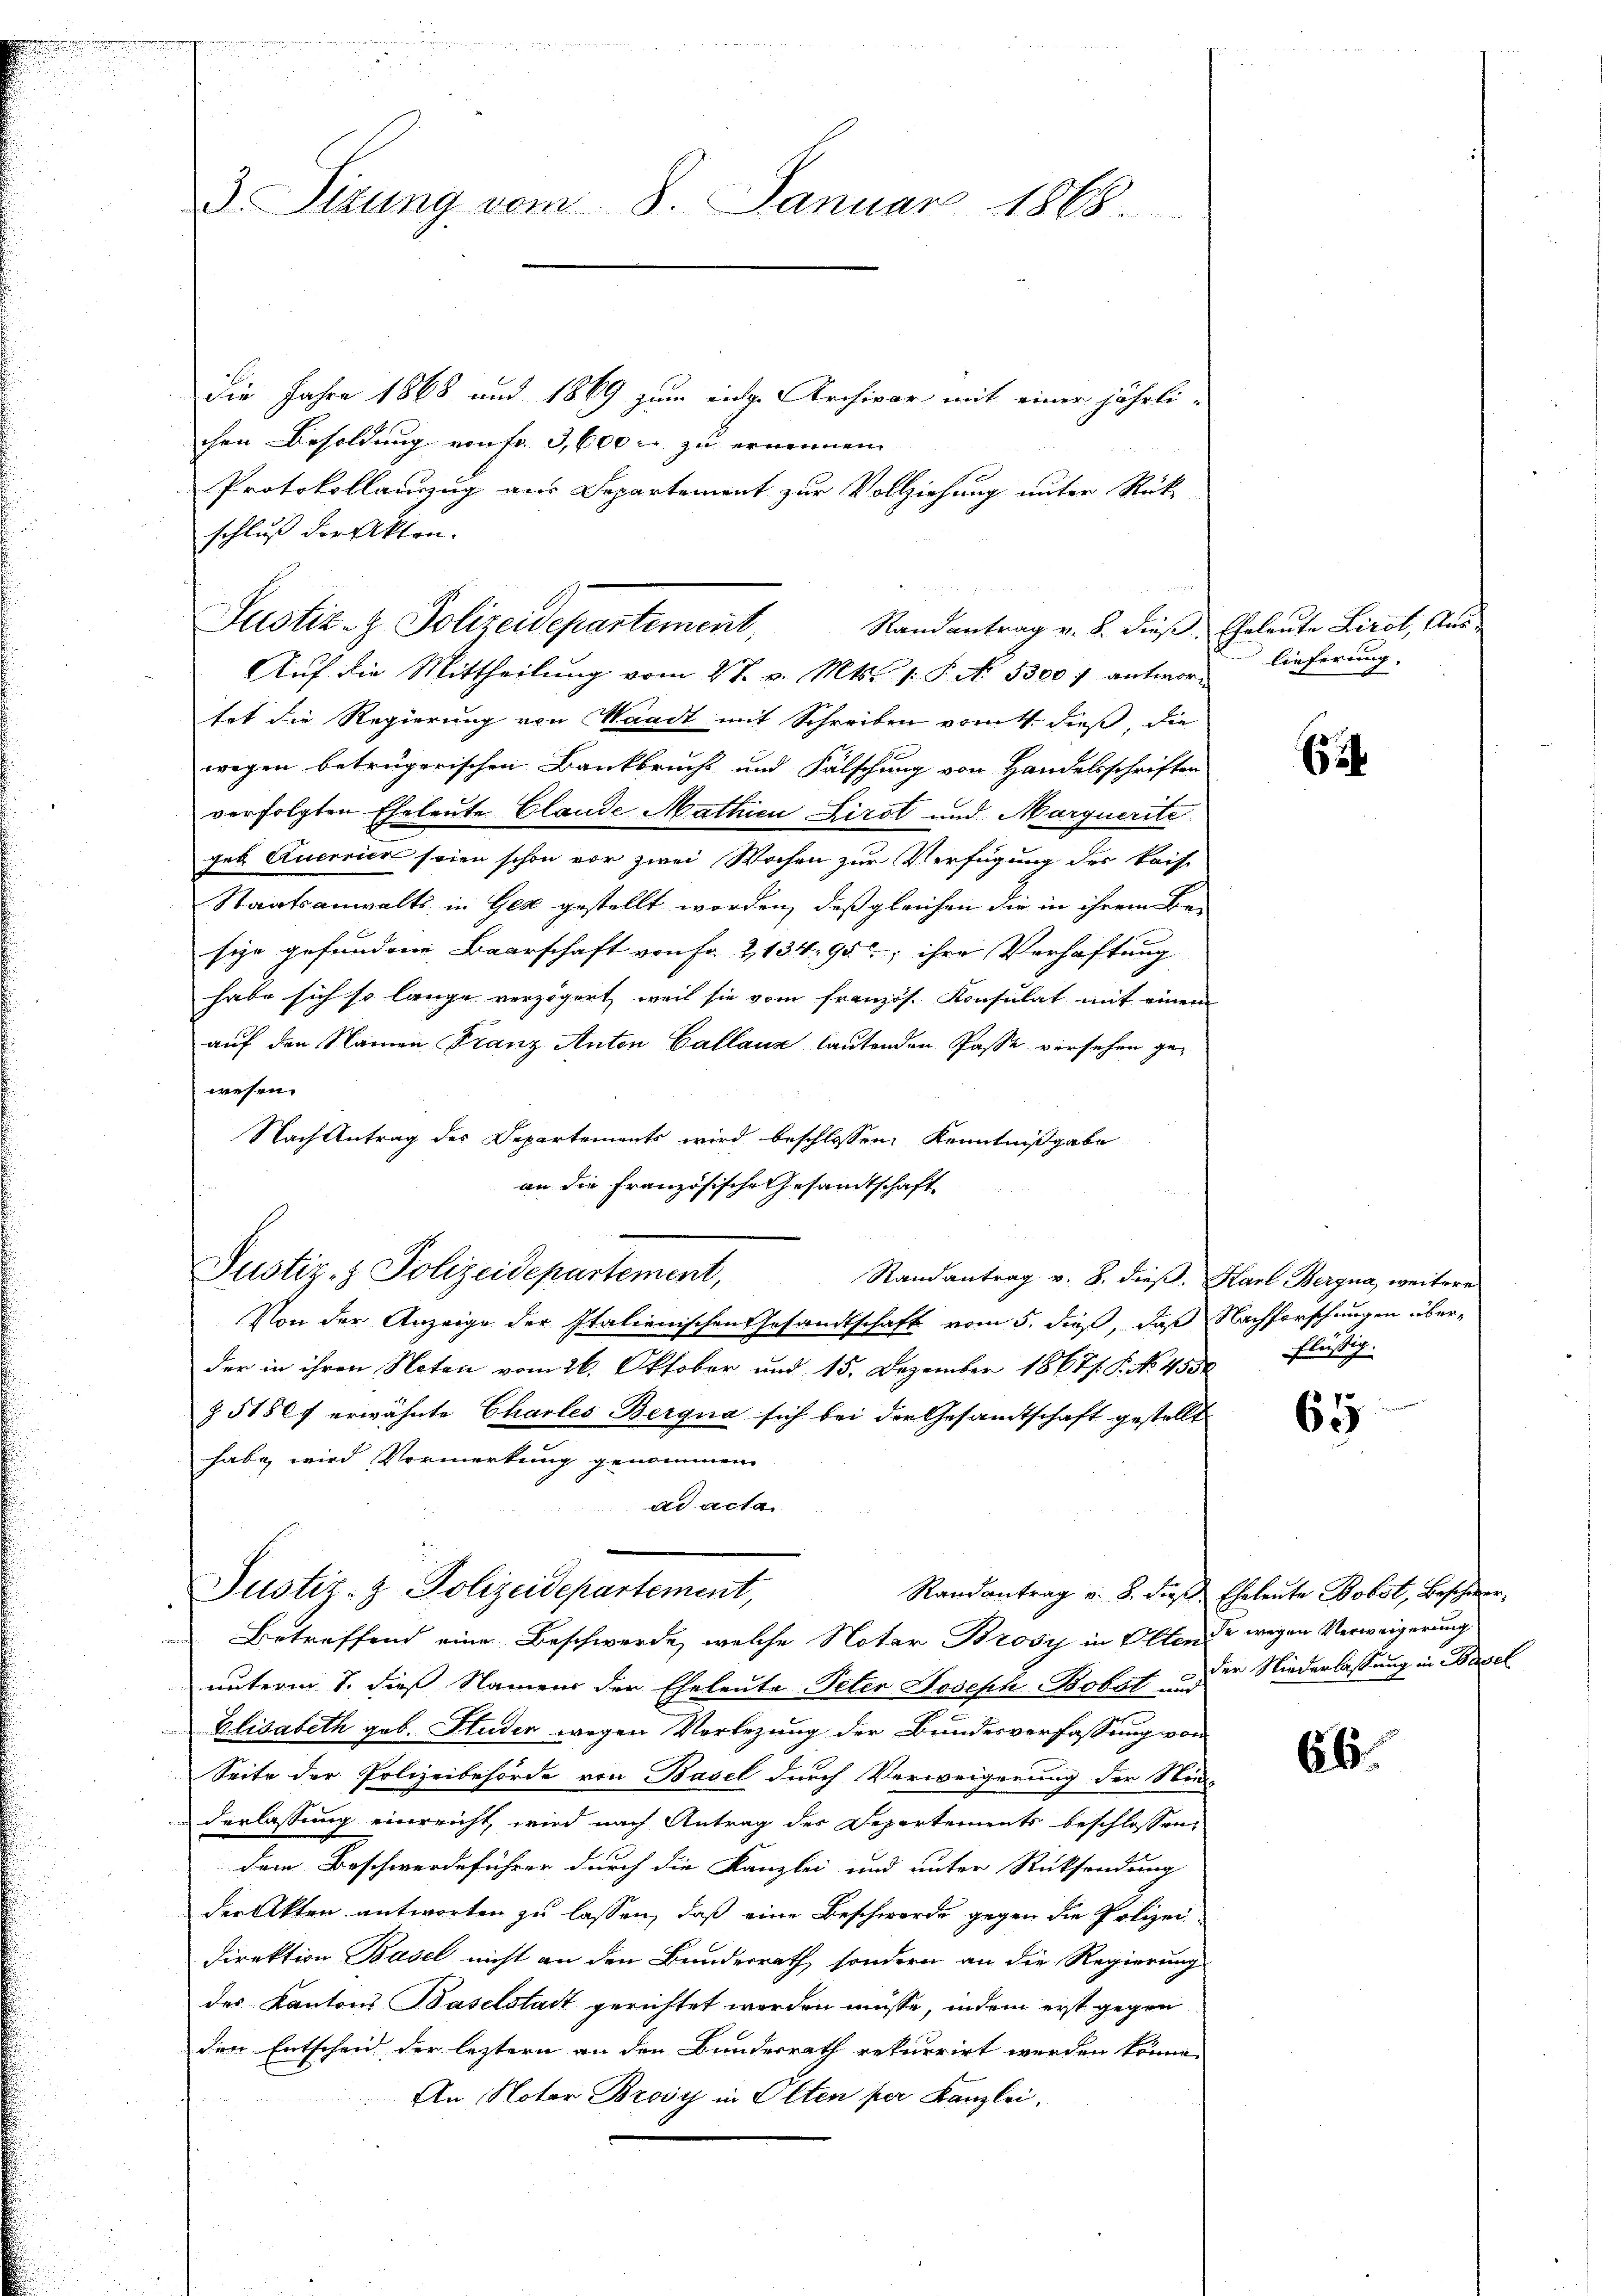
3. Situng vom 8. Januar 1868.

die Jahre 1868 und 1869 zum einge Archivar mit einer jährlichen Besoldung von Fr. 3,600 rl zu ernennen
Protokollanzug aus Departement zur Vollziehung unter Rück-
schluß der Akten.
Aŭf die Mittheilŭng vom 2t. v. Mts. 1. S. N. 5300 f antwort lieferung.
tet die Regierung von Waadt mit Schreiben vom 4. dieß, die
wegen betrügerischen Bankbrucht und Fälschung von Handelsschriften
verfolgten Eheleute Claude Mathien Kirst und Marquerite
geb. Aucerien seien schon vor zwei Wochen zur Verfügung des kaise
Staatsanwalts in Gese gestellt worden, daß gleichen die in ihrem Be-
sige gefundene Baarschaft von Fr. 2, 134, 95; ihre Verhaftung
habe sich so lange verzögert weil sie vom französ. Konsulat mit einem
auf den Namen Franz Anton Gallauz lautenden Pässe versehen gewesen.
Nach Antrag des Departements wird beschlossen: Kenntnißgabe
an die Französische Gesandtschaft
Justiz- & Polizeidepartement,
Randantrag v. 8. dieß. Karl Bergna, weitere
Von der Anzeige der Italienischen Gesandtschaft vom 5. dieß, daß Nachforschungen überder in ihren Noten vom 26. Oktober und 15. Dezember 1867/. P. No. 4530
§ 51507 erwähnte Charles-Bergna sich bei der Gesamtschaft gestellt
habe wird Vormerkung genommen
dd acta
Justiz- & Polizeidepartement,
Randantrag v. 8. dieβ, Eheleute Bobst, Beschwer¬
Betreffend eine Beschwerde, welche Notar Brosi in Oltende wegen Verweigerung
unterm 7. dieß Namens der Eheleute Peter Joseph Bobat der Niederlassung in Basel
Elisabeth geb. Studen wegen Vorlegung der Bundesverfassung von
Seite der Polizeibehörde von Basel durch Verweigerung der Nie-
derlassung einreicht, wird nach Antrag der Departements beschlossen,
dem Beschwerdeführer durch die Kanzlei und unter Rücksendung
der Akten antworten zu lassen, daß eine Beschwerde gegen die Polizei
Direktion Basel nicht an den Bunderrath, sondern an die Regierung
des Kantons Baselstadt gerichtet werden müsse, indem erst gegen
den Entscheid der leztern an den Bundesrath rekurrirt werden könne.
An Noter Brosy in Olten per Kanzlei.

Justiz- & Polizeidepartement,

Randantrag v. 8. dieß, Eheleute Lirot, Aus¬

6

flüssig.

65

66.